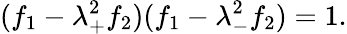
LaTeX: (f_{1}-\lambda_{+}^{2}f_{2})(f_{1}-\lambda_{-}^{2}f_{2})=1.